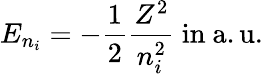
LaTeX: E_{n_{i}}=-{\frac{1}{2}}{\frac{Z^{2}}{n_{i}^{2}}}{\mathrm{~in~a.u.}}